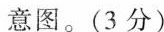
意图。(3分)